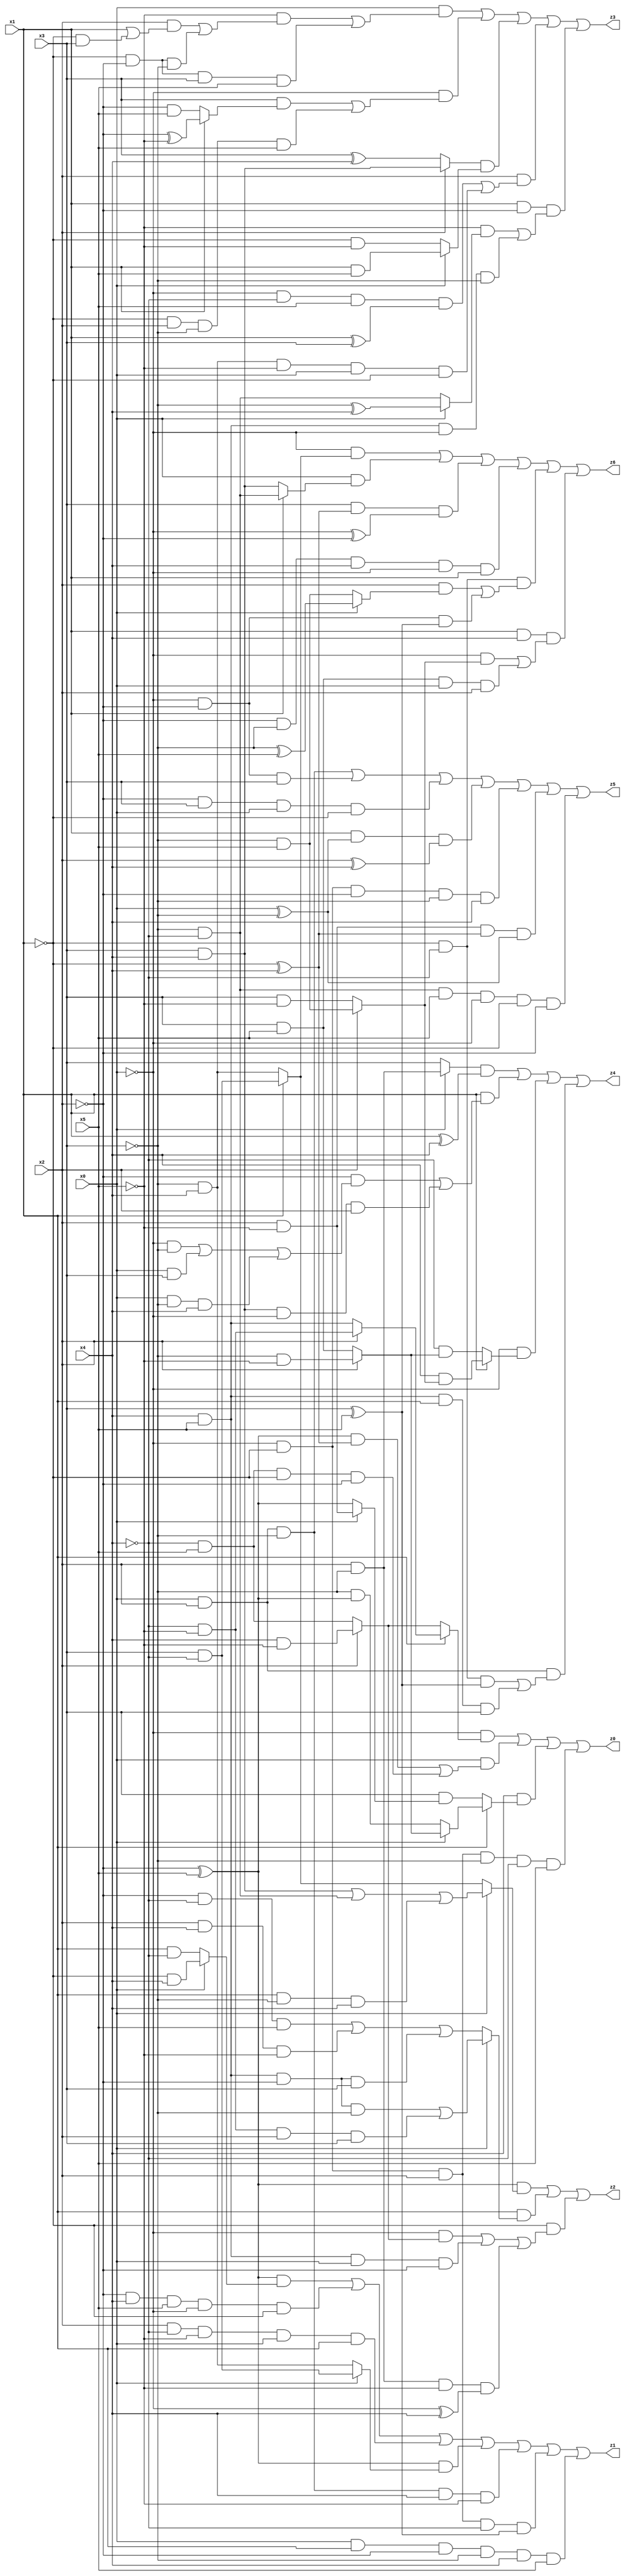
// Benchmark "X_22" written by ABC on Thu Jun 29 21:17:41 2023

module X_22 ( 
    x0, x1, x2, x3, x4, x5,
    z0, z1, z2, z3, z4, z5, z6  );
  input  x0, x1, x2, x3, x4, x5;
  output z0, z1, z2, z3, z4, z5, z6;
  assign z0 = (~x0 & (x1 ? (x2 ? (~x4 & ~x5) : (x4 & x5)) : (x2 ? (x4 & ~x5) : (~x4 & x5)))) | (x0 & (((~x2 ^ x5) & (~x1 ^ x4)) | (~x4 & x5 & ~x1 & ~x2))) | (x4 & (x1 ? (x0 ? (x2 ? (~x3 & ~x5) : (x3 & x5)) : (~x3 & (~x2 ^ x5))) : (x3 & (x0 ? (x2 & ~x5) : (~x2 ^ x5))))) | (~x0 & ~x1 & x2 & ~x3 & ~x4 & x5);
  assign z1 = ((~x2 ^ x5) & (x0 ? (~x1 & x4) : (x1 & ~x4))) | (~x2 & x4 & x5 & ~x0 & ~x1) | (x2 & ~x4 & ~x5 & x0 & x1) | ((~x2 ^ x5) & (x0 ? (x3 & ~x4) : (~x3 & x4))) | (x0 & x2 & ~x3 & x4 & ~x5) | (~x0 & ~x1 & x2 & ~x4 & (x3 ^ x5)) | (x0 & x1 & ~x2 & ~x3 & x4 & x5);
  assign z2 = ((~x2 ^ x5) & (x0 ? ((x3 & x4) | (~x3 & ~x4) | (x1 & ~x3 & x4)) : (x1 ? (x3 & ~x4) : (~x3 & x4)))) | (x1 & (x0 ? ((x4 & x5 & ~x2 & ~x3) | (~x4 & ~x5 & x2 & x3)) : ((~x2 & ~x4 & x5) | (x2 & x4 & ~x5) | (x4 & x5 & ~x2 & x3)))) | (~x1 & ((~x0 & (x2 ? (x4 & ~x5) : (~x4 & x5))) | (x4 & x5 & x0 & ~x2) | (x2 & ~x3 & ~x5 & (~x0 ^ x4))));
  assign z3 = (x0 & ((~x5 & ((x2 & (x1 | (~x1 & x3))) | (~x1 & ~x2 & ~x3))) | (~x1 & ~x2 & x3 & x5))) | (~x0 & ((x3 & (x1 ? (~x2 ^ ~x5) : (~x2 & x5))) | (~x1 & x2 & ~x3 & x5))) | ((x2 ? (x3 & x4) : (x3 ^ x4)) & (x0 ? (x1 & x5) : (~x1 & ~x5))) | (x2 & ((~x0 & ~x4 & x5 & (x1 ^ x3)) | (~x3 & x4 & ~x5 & x0 & ~x1))) | (x1 & ~x2 & ((~x5 & (x0 ? (~x3 ^ x4) : (~x3 & ~x4))) | (x4 & x5 & ~x0 & ~x3)));
  assign z4 = ((x0 ? (x2 & ~x3) : x3) & (x1 ^ x4)) | (x1 & ((~x2 & ((~x0 & ~x3) | (x0 & x3) | (x0 & ~x3 & x4))) | (x3 & x4 & ~x0 & x2))) | (~x0 & (x1 ? (x4 & (x2 ? (~x3 & x5) : (x3 & ~x5))) : (~x4 & (x2 ? (~x3 & ~x5) : (x3 & x5))))) | (x0 & x2 & ((~x1 & ~x4 & (x3 ^ x5)) | (x4 & x5 & x1 & x3)));
  assign z5 = (x0 & x2 & ~x3) | (~x0 & ~x2 & x3) | (~x2 & x3 & x0 & ~x1) | (x1 & (x0 ^ ~x3) & (x2 ^ x4)) | (~x0 & ~x1 & ~x2 & ~x3 & x4) | (x2 & ~x5 & (~x1 ^ x4) & (x0 ^ ~x3)) | (~x3 & ~x4 & x5 & ~x0 & ~x1 & ~x2);
  assign z6 = (~x0 & (x1 ? (x3 & ~x4) : (~x3 & x4))) | (x0 & (x1 ? (~x3 & ~x4) : (x3 & x4))) | (x3 & (~x1 ^ x4) & (~x0 ^ ~x2)) | (~x2 & ~x3 & x4 & ~x0 & x1) | (~x1 & ~x4 & ((x2 & (x0 ? (~x3 ^ x5) : (~x3 & x5))) | (~x0 & ~x2 & (x3 ^ x5)))) | (x1 & x4 & ((~x0 & (x2 ? (~x3 & x5) : (x3 & ~x5))) | (x3 & x5 & x0 & x2)));
endmodule